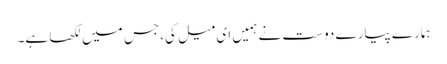
ہمارے پیارے دوست نے ہمیں ای میل کی،جس میں لکھا ہے۔